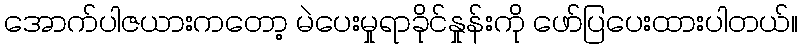
အောက်ပါဇယားကတော့ မဲပေးမှုရာခိုင်နှုန်းကို ဖော်ပြပေးထားပါတယ်။